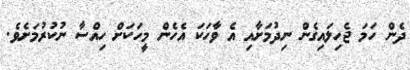
ދެން ހަމަ ޖެހިލައިގެން ނިދުމަށާއި އެ ވާހަކަ އެހެން މީހަކަށް ހިއްސާ ނުކުރުމަށެވެ.